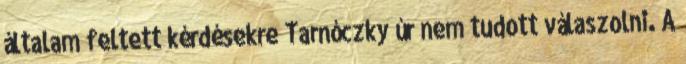
általam feltett kérdésekre Tarnóczky úr nem tudott válaszolni. A